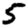
Digit: 5